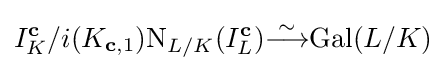
I_{K}^{\mathbf {c} }/i(K_{\mathbf {c} ,1})\mathrm {N} _{L/K}(I_{L}^{\mathbf {c} }){\overset {\sim }{\longrightarrow }}\mathrm {Gal} (L/K)